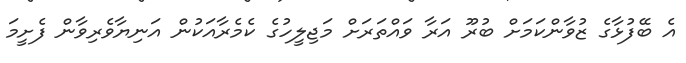
އެ ބޭފުޅާގެ ޒުވާންކަމަށް ބުރޫ އަރާ ވައްތަރަށް މަޖިލީހުގެ ކެމެރާއަކުން އަނިޔާވެރިވާން ފެށީމަ